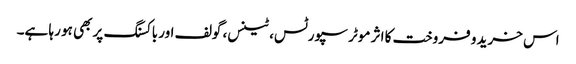
اس خرید و فروخت کا اثر موٹر سپورٹس، ٹینس، گولف اور باکسنگ پر بھی ہو رہا ہے۔